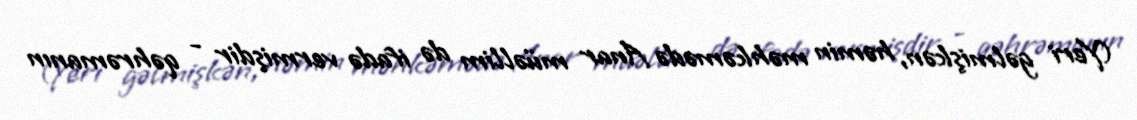
(Yeri gəlmişkən, həmin məhkəmədə Anar müəllim də ifadə vermişdir - qəhrəmanın